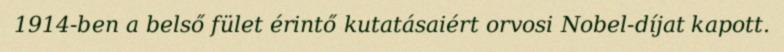
1914-ben a belső fület érintő kutatásaiért orvosi Nobel-díjat kapott.